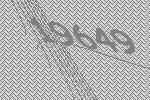
19649